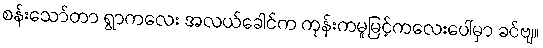
စန်းသော်တာ ရွာကလေး အလယ်ခေါင်က ကုန်းကမူမြင့်ကလေးပေါ်မှာ ခင်ဗျ။